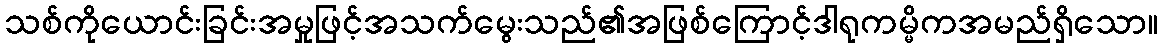
သစ်ကိုယောင်းခြင်းအမှုဖြင့်အသက်မွေးသည်၏အဖြစ်ကြောင့်ဒါရုကမ္မိကအမည်ရှိသော။